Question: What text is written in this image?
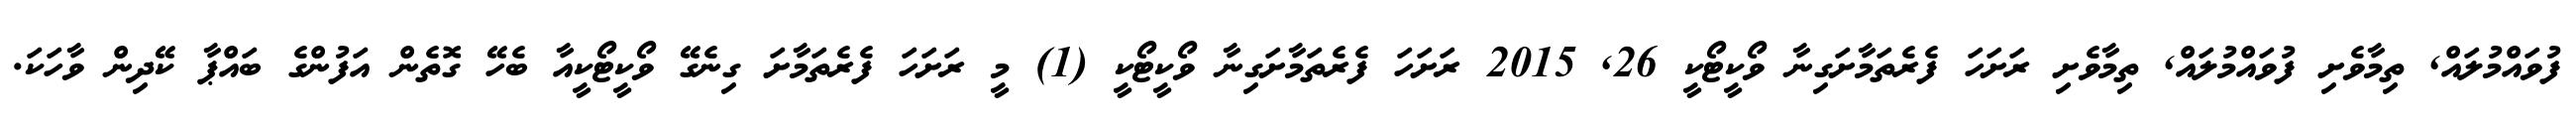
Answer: ފުވައްމުލައް, ތިމާވެށި ފުވައްމުލައް, ތިމާވެށި ރަށަހަ ފެރެތަމާށަގިނާ ވޯކީޓޯކީ 26, 2015 ރަށަހަ ފެރެތަމާށަގިނާ ވޯކީޓޯކީ (1) މީ ރަށަހަ ފެރެތަމާށަ ގިނެގޭ ވޯކީޓޯކީއާ ބެހޭ ގޮތެން އަފުންގެ ބައްޕާ ކޭދިން ވާހަކަ.